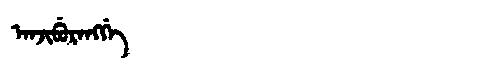
Manchu: ᠠᠨᠵᡳᠪᡠᡵᠠᠩᡤᡝ
Romanization: ANJIBURANGGE